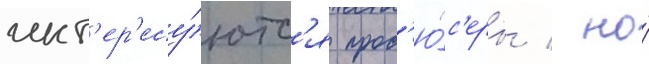
инт'ер'есу́ютс'я прод'ю́с'еры / но́